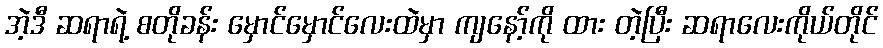
အဲ့ဒီ ဆရာရဲ့ စတိုခန်း မှောင်မှောင်လေးထဲမှာ ကျနော့်ကို ထား တဲ့ပြီး ဆရာလေးကိုယ်တိုင်